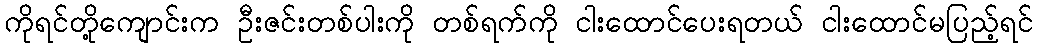
ကိုရင်တို့ကျောင်းက ဦးဇင်းတစ်ပါးကို တစ်ရက်ကို ငါးထောင်ပေးရတယ် ငါးထောင်မပြည့်ရင်